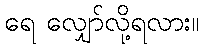
ရေ လျှော်လို့ရလား။